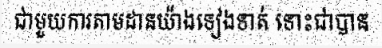
ជាមួយការតាមដានយ៉ាងទៀងទាត់ ទោះជាបាន